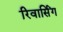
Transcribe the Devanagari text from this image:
रिवार्सिंग